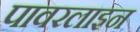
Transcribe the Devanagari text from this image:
पावरलाइन